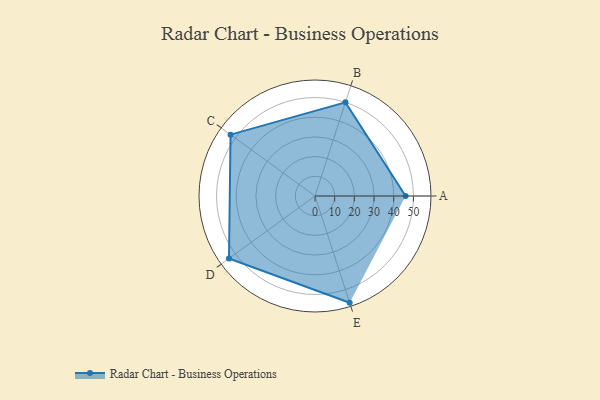
{"axis": {"x": "Skill", "y": "Score"}, "legend": ["Profile"], "data": [{"x": "A", "y": 46.0, "type": "Profile"}, {"x": "B", "y": 50.0, "type": "Profile"}, {"x": "C", "y": 53.0, "type": "Profile"}, {"x": "D", "y": 54.0, "type": "Profile"}, {"x": "E", "y": 57.0, "type": "Profile"}]}